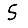
Digit: 5